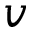
v